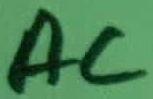
Text: AC